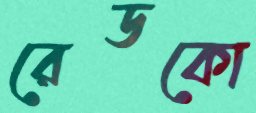
রেডকো